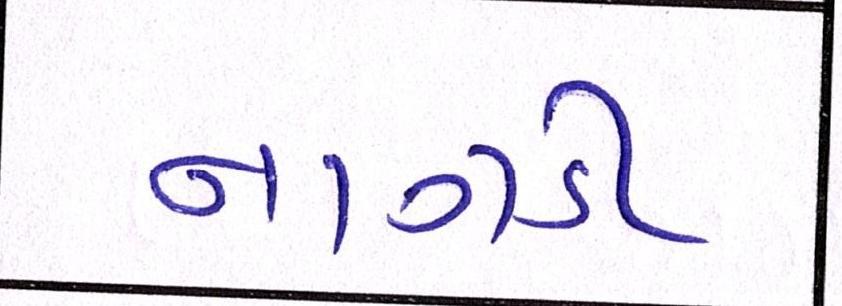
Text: નાગડી